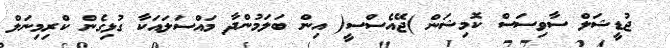
ޖުޑީޝަލް ސާވިސަސް ކޮމިޝަން )ޖޭއެސްސީ( އިން ބަލަމުންދާ މައްސަލައަކާ ގުޅިގެން ކްރިމިނަލް